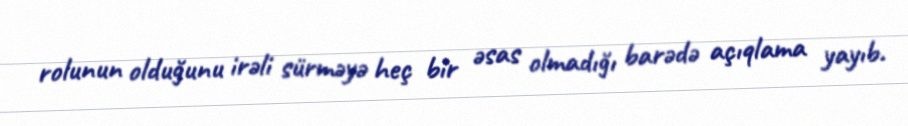
rolunun olduğunu irəli sürməyə heç bir əsas olmadığı barədə açıqlama yayıb.